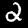
Label: 2